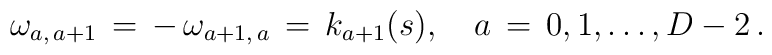
\omega _{a ,\, a + 1}\,=\, -\, \omega _{a +1,\,a}\,=\,k_{a +1}(s), \quad a \,=\,0,1,  \ldots ,D-2\,{.}